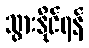
သွားနိုင်ရန်